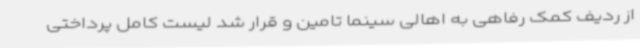
از ردیف کمک رفاهی به اهالی سینما تامین و قرار شد لیست کامل پرداختی